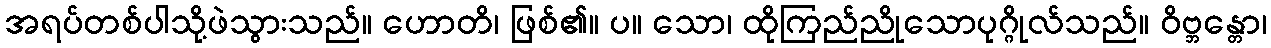
အရပ်တစ်ပါသို့ဖဲသွားသည်။ ဟောတိ၊ ဖြစ်၏။ ပ။ သော၊ ထိုကြည်ညိုသောပုဂ္ဂိုလ်သည်။ ဝိဗ္ဘန္တော၊